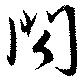
閃